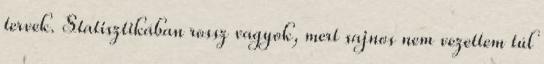
tervek. Statisztikában rossz vagyok, mert sajnos nem vezettem túl